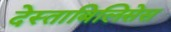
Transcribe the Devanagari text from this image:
देस्ताबिलिसेस